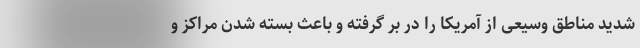
شدید مناطق وسیعی از آمریکا را در بر گرفته و باعث بسته شدن مراکز و